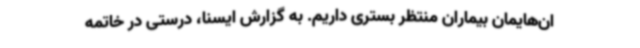
ان‌هایمان بیماران منتظر بستری داریم. به گزارش ایسنا، درستی در خاتمه